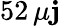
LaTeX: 52\, \mu\mathbf{j}